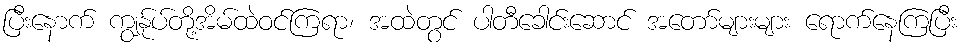
ပြီးနောက် ကျွန်ုပ်တို့အိမ်ထဲဝင်ကြရာ၊ အထဲတွင် ပါတီခေါင်းဆောင် အတော်များများ ရောက်နေကြပြီး